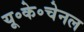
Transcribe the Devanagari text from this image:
यू॰के॰चेनल